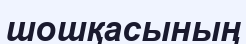
шошқасының